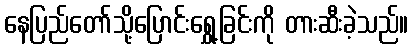
နေပြည်တော်သို့ပြောင်းရွှေ့ခြင်းကို တားဆီးခဲ့သည်။